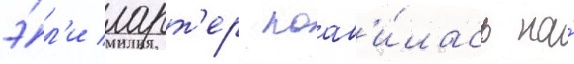
э́л'и ларт'ер поав'и́лась на́